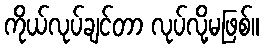
ကိုယ်လုပ်ချင်တာ လုပ်လို့မဖြစ်။